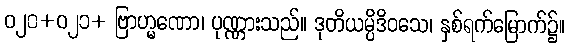
ဝ၂၀+ဝ၂၁+ ဗြာဟ္မဏော၊ ပုဏ္ဏားသည်။ ဒုတိယမ္ပိဒိဝသေ၊ နှစ်ရက်မြောက်၌။